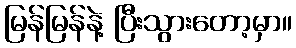
မြန်မြန်နဲ့ ပြီးသွားတော့မှာ။